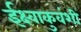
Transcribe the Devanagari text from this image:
ईक्ष्वाकुवंशी